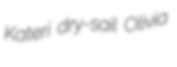
Kateri dry-sail Olivia